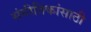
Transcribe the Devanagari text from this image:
संगीतिकांसाठी